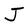
Character: J